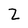
Character: Z